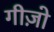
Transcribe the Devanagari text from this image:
गीज़ो